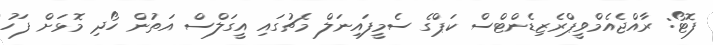
ފޮޓޯ: ރާއްޖެއެމްވީޕްރެޒިޑެންޓްސް ކަޕްގެ ސެމީފައިނަލް މެޗުގައި އީގަލްސް އަތުން ހޯދި މޮޅަށް ފަހު